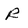
Character: R